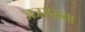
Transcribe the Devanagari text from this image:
जजसंख्या